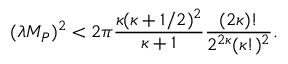
( \lambda M _ { P } ) ^ { 2 } < 2 \pi \frac { \kappa ( \kappa + 1 / 2 ) ^ { 2 } } { \kappa + 1 } \frac { ( 2 \kappa ) ! } { 2 ^ { 2 \kappa } ( \kappa ! ) ^ { 2 } } .